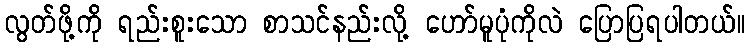
လွတ်ဖို့ကို ရည်းစူးသော စာသင်နည်းလို့ ဟော်မူပုံကိုလဲ ပြောပြရပါတယ်။